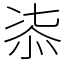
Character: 㓒